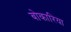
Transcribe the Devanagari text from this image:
बोकारिया